Lock hospitals Punjab
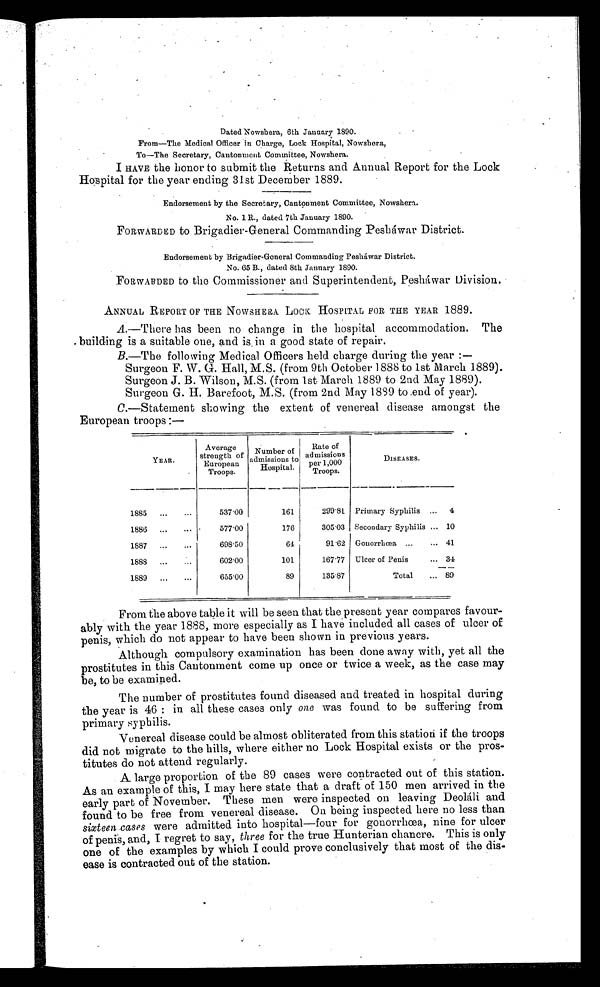
Dated Nowshera, 6th January 1890.
From—The Medical Officer in Charge, Lock Hospital, Nowshera,
To—The Secretary, Cantonment Committee, Nowshera.
I HAVE the honor to submit the Returns and Annual Report for the Lock
Hospital for the year ending 31st December 1889.
.
E n d o r s e m e n t b y t h e S e c r e t a r y , C a n t o n m e n t C o m m i t t e e , N o w s h e r a .
No.1 R., dated 7th January 1890.
FORWARDED to Brigadier-General Commanding Pesháwar District.
Endorsement by Brigadier-General Commanding Pesháwar District.
No. 65 B., dated 8th Jannary 1890.
FORWARDED to the Commissioner and Superintendent, Pesháwar Division.
ANNUAL REPORT OF THE NOWSHERA LOCK HOSPITAL FOR THE YEAR 1889.
A.—There has been no change in the hospital accommodation. The
. building is a suitable one, and is in a good state of repair.
B.—The following Medical Officers held charge during the year :—
Surgeon F. W. G. Hall, M.S. (from 9th October 1888 to 1st March 1889).
Surgeon J. B. Wilson, M.S. (from 1st March 1889 to 2nd May 1889).
Surgeon G. H. Barefoot, M.S. (from 2nd May 1839 to end of year).
C.—Statement showing the extent of venereal disease amongst the
European troops :—
YEAR.
Average
strength of
European
Troops.
Number of
admissions to
Hospit
a l .
Rate of
admissions
per 1,000
Troops.
DISEASES.
1885 . . .
...
537.00
161
299.81 Primary Syphilis ... 4
1886 . . .
...
577.00
176 I
305.03 Secondary Syphilis ... 10
1887
. . . ...
698.50
64
91.62 Gonorrhœa ...
... 41
1888 ...
...
602.00
101
167.77 Ulcer of Penis
... 34
1889
...
...
655.06
89
135.87
Total
... 89
From the above table it will be seen that the present year compares favour-
ably with the year 1888, more especially as I have included all cases of ulcer of
penis, which do not appear to have been shown in previous years.
Although compulsory examination has been done away with, yet all the
prostitutes in this Cantonment come up once or twice a week, as the case may
be, to be examined.
The number of prostitutes found diseased and treated in hospital during
the year is 46 : in all these cases only one was found to be suffering from
primary syphilis .
Venereal disease could be almost obliterated from this station if the troops
did not migrate to the hills, where either no Lock Hospital exists or the pros-
titutes do not attend regularly.
A large proportion of the 89 cases were contracted out of this station.
As an example of this, I may here state that a draft of 150 men arrived in the
early part of November. These men were inspected on leaving Deoláli and
found to be free from venereal disease. On being inspected here no less than
sixteen cases were admitted into hospital—four for gonorrhœa, nine for ulcer
of penis, and, I regret to say, three for the true Hunterian chancre. This is only
one of the examples by which I could prove conclusively that most of the dis-
ease is contracted out of the station.